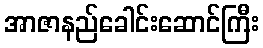
အာဇာနည်ခေါင်းဆောင်ကြီး